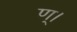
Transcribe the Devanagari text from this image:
ण्।